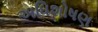
અધિશોષણ